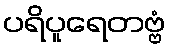
ပရိပူရေတဗ္ဗံ